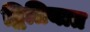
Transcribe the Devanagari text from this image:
द्वितियात